Annual administration report of the Civil Veterinary Department of India - 1894-1895
Year: 1894
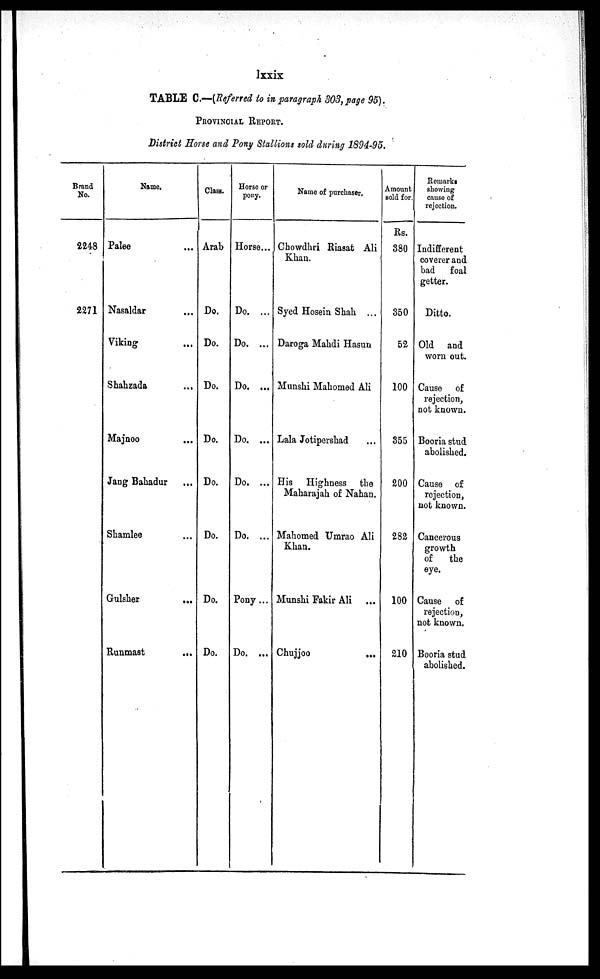
lxxix
TABLE C.—(Referred to in paragraph 303, page 95).
PROVINCIAL REPORT.
District Horse and Pony Stallions sold during 1894-95.
Brand
No.
2248
2271
Name.
Palee ...
Nasaldar ...
Viking
...
Shahzada
...
Majnoo ...
Jang Bahadur ...
Shamlee ...
Gulsher
...
Runmast
...
Class.
Arab
Do.
Do.
Do.
Do.
Do.
Do.
Do.
Do.
Horse or
pony.
Horse...
Do. ...
Do. ...
Do. ...
Do. ...
Do. ...
Do. ...
Pony ...
Do. ...
Name of purchaser.
Chowdhri Riasat Ali
Khan.
Syed Hosein Shah ...
Daroga Mahdi Hasun
Munshi Mahomed Ali
Lala Jotipershad ...
His Highness the
Maharajah of Nahan.
Mahomed Umrao Ali
Khan.
Munshi Fakir Ali...
Chujjoo
...
Amount
sold for
Rs.
380
350
52
100
355
200
282
100
210
Remarks
showing
cause of
rejection.
Indifferent
coverer and
bad foal
getter.
Ditto.
Old and
worn out.
Cause of
rejection,
not known.
Booria stud
abolished.
Cause of
rejection,
not known.
Cancerous
growth
of
the
eye.
Cause of
rejection,
not known.
Booria stud
abolished.